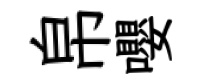
帛嚶